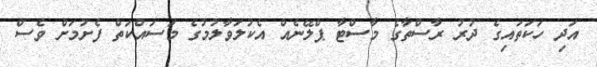
އަދި ހަކަތައިގެ ދުރު ރާސްތާގެ މާސްޓާ ޕްލޭނެއް އެކުލަވާލުމުގެ މަސައްކަތް ފެށުމަށް ވެސް